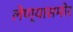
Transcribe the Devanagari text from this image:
लेण्यासमोर